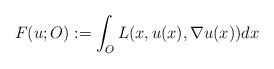
\begin{align*}F(u;O):=\int_O L(x,u(x),\nabla u(x))dx\end{align*}